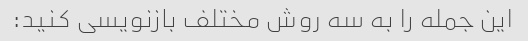
این جمله را به سه روش مختلف بازنویسی کنید: